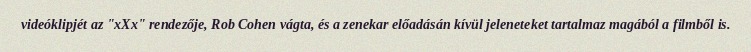
videóklipjét az "xXx" rendezője, Rob Cohen vágta, és a zenekar előadásán kívül jeleneteket tartalmaz magából a filmből is.